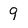
Character: 9